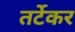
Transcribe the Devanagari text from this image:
तर्टेकर